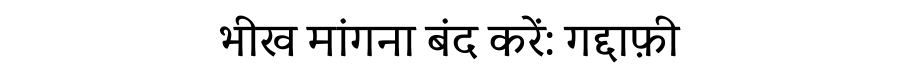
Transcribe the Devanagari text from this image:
भीख मांगना बंद करें: गद्दाफ़ी